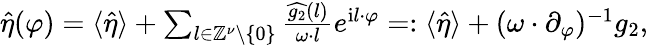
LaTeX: \begin{array}{r}{\hat{\eta}(\varphi)=\langle\hat{\eta}\rangle+\sum_{l\in\mathbb{Z}^{\nu}\backslash\left\{ 0\right\} }\frac{\widehat{g_{2}}(l)}{\omega\cdot l}e^{\mathrm{i}l\cdot\varphi}=:\langle\hat{\eta}\rangle+(\omega\cdot\partial_{\varphi})^{-1}g_{2},}\end{array}